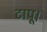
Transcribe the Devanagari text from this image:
टापू।